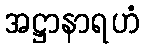
အဋ္ဌာနာရဟံ